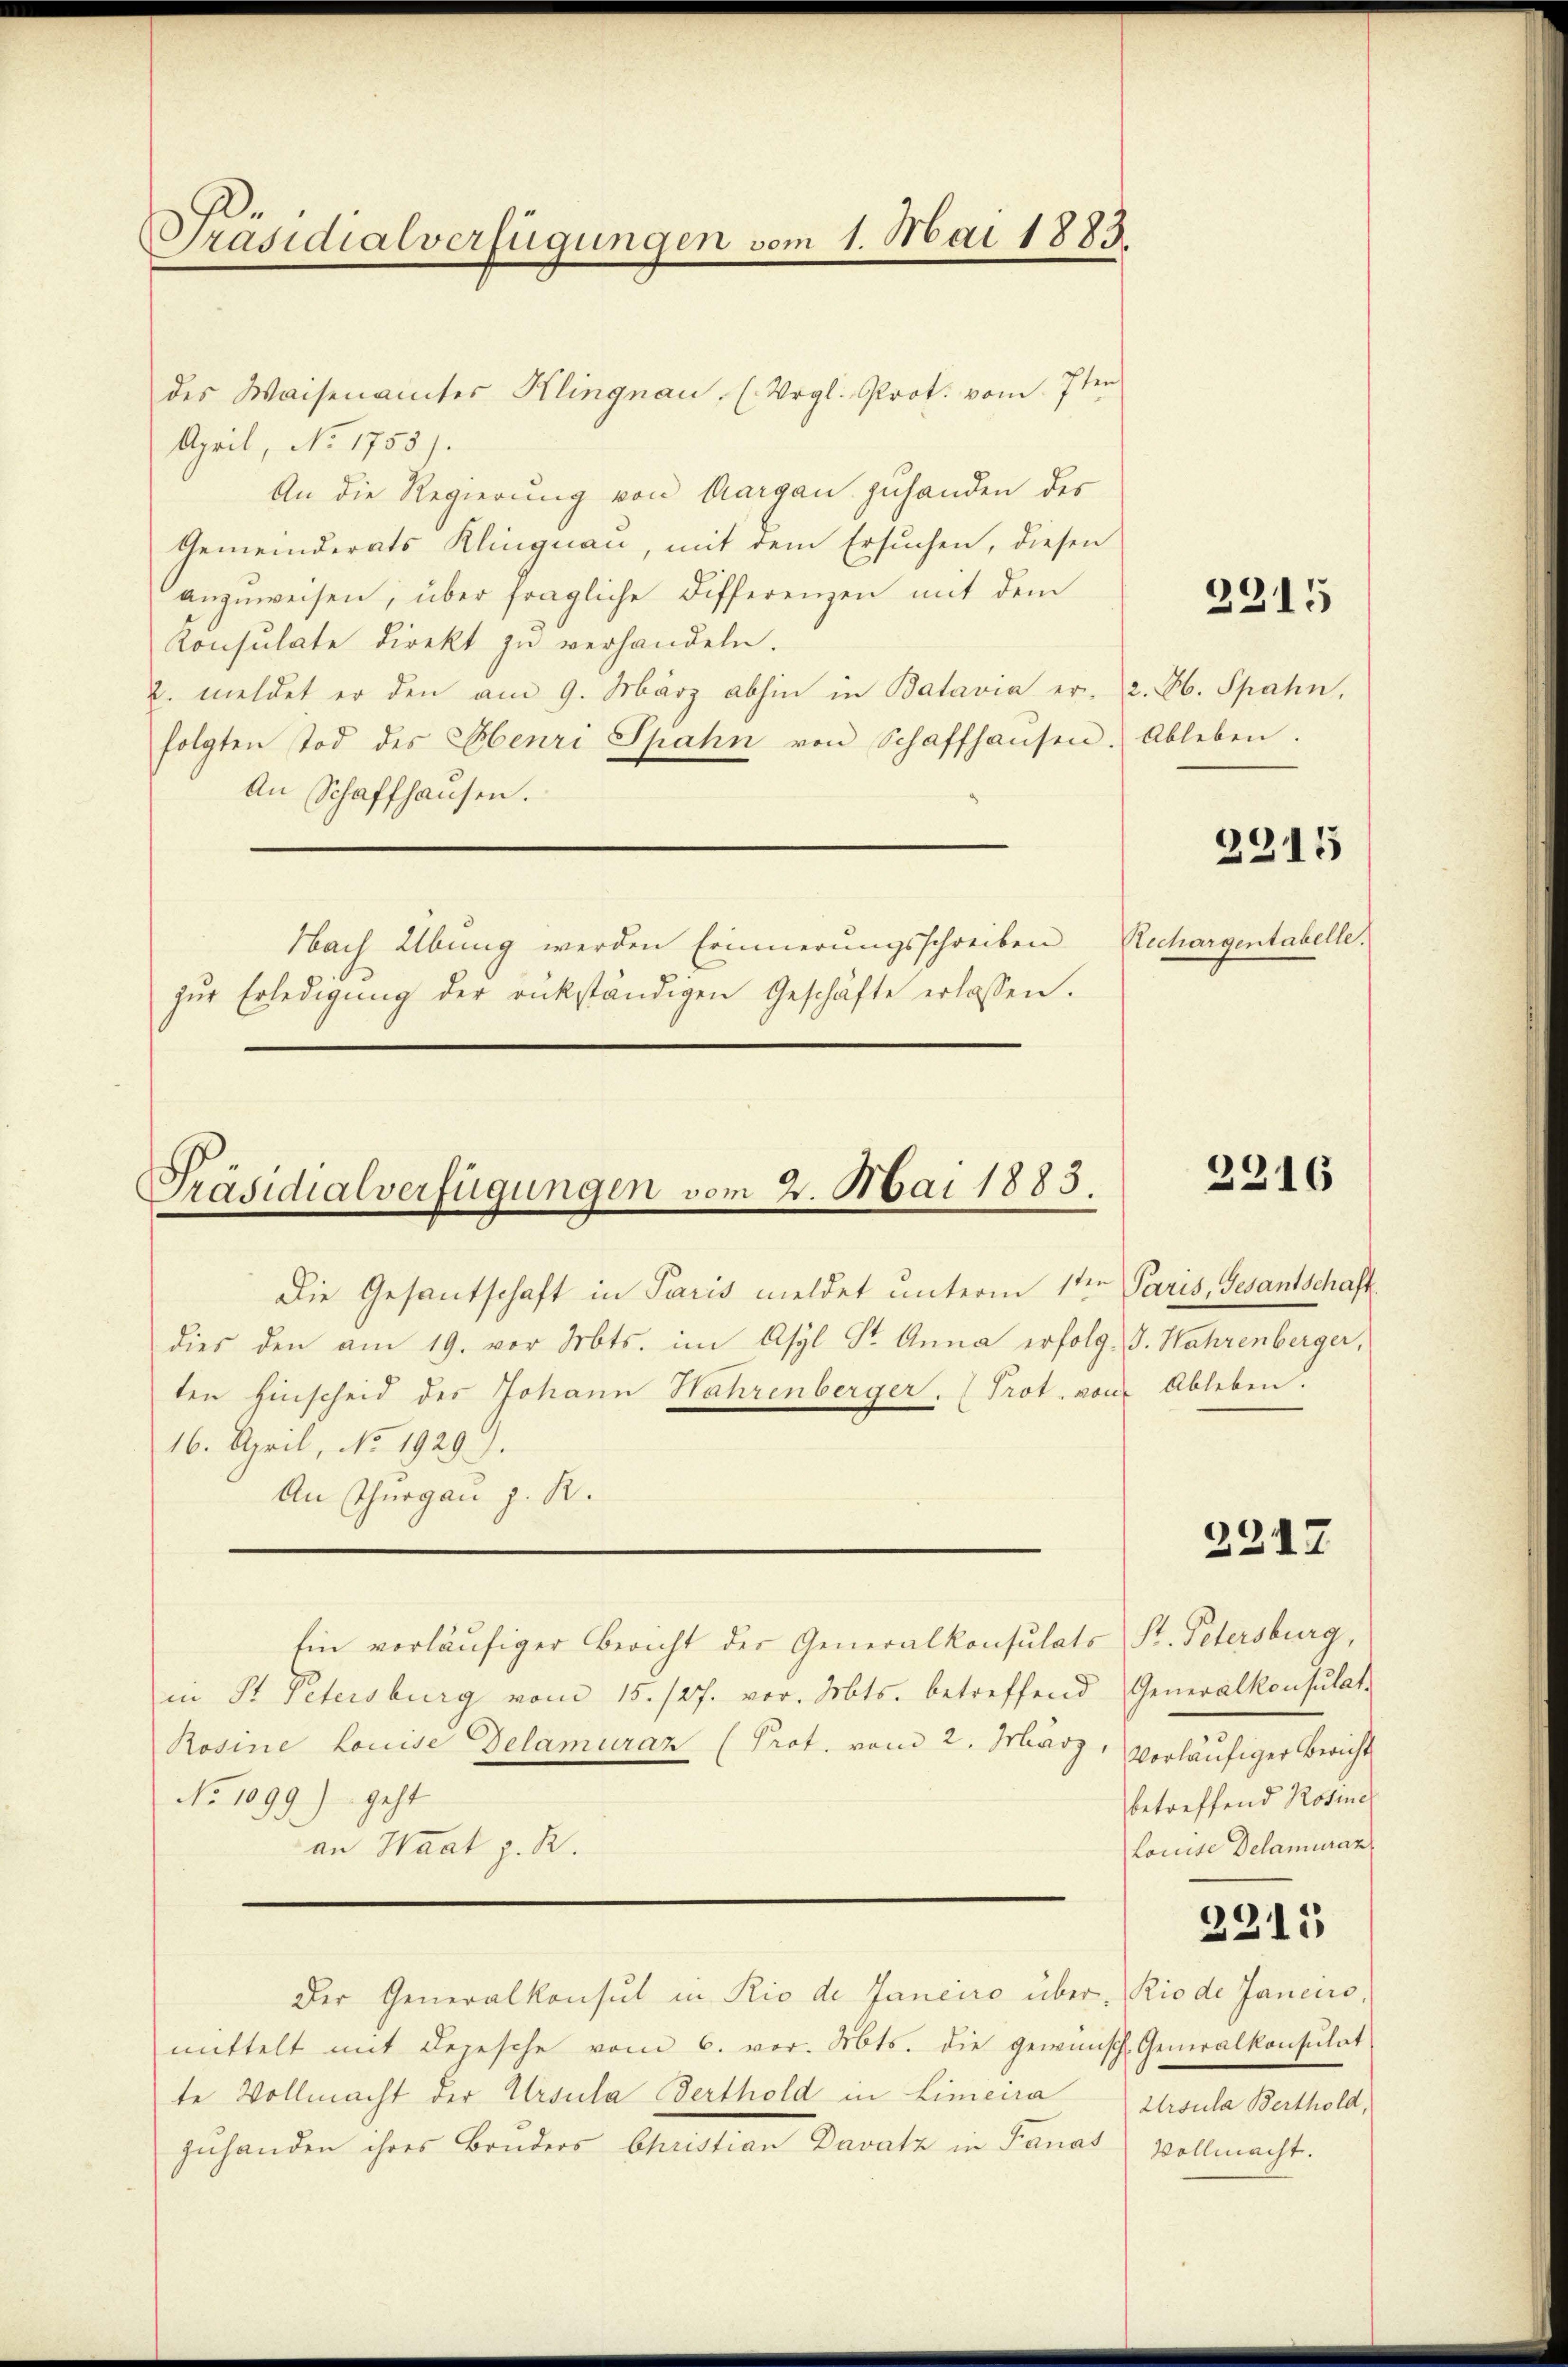
Präsidialverfügungen vom 1. Mai 1883.

des Waisenamtes Klingnau, (Vergl. Prot. vom 7ten
April, No 1755).
An die Regierung von Aargau zuhanden des
Gemeinderats Klingnau, mit dem Ersuchen, diesen
anzŭweisen, über fragliche Differenzen mit dem
Konsulate direkt zŭ verhandeln.
u. meldet er den am 9. März abhin in Batavia er 2. A. Spahn,
folgten Tod des Henri Spahn von Schaffhausen. Ableben.
An Schaffhausen.
Nach Übung werden Erinnerungsschreiben
zŭr Erledigŭng der rükständigen Geschäfte erlassen.

Präsidialverfügungen vom 2. Mai 1883.

Die Gesantschaft in Paris meldet unterm 1te͇n Paris, Gesantschaftdies den am 19. vor Mts. im Asyl Dr. Anna erfolg, S. Wahrenberger,
ten hinscheid des Johann Hahrenberger. (Prot. von Ableben.
16. April, No. 1929).
An Thurgau z. B.

Rechargentabelle.

Ein vorläufiger Bericht der Generalkonsulats St. Petersburg,
in St. Petersburg vom 15./27. vor. Mts. betreffend Generalkonsulat
Rosine Louise Delamuraz (Prot. vom 2. März,
No 1099.) geht
an Waat z. R.
2215
Der Generalkonsul in Rio de Janeiro über. Rio de Janciro,
mittelt mit Depesche vom 6. vor. Mts. die gewünsch Generalkonsulat
te Vollmacht der Ursula Serthold in Limeira Ursula Berthold,
zuhanden ihres Bruders Christian Davatz in Fanat vollmacht.

vorläufiger Bericht
betreffend Rosine
Louise Delamuraz

2215

2315

2216

2217